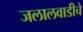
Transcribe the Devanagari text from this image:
जलालवाडीचे